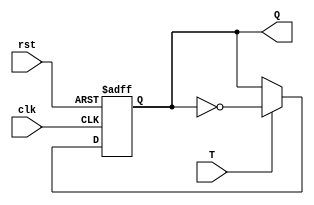
`timescale 1ns / 1ps
//////////////////////////////////////////////////////////////////////////////////
// Company: 
// Engineer: 
// 
// Design Name: 
// Module Name:    TFF 
// Project Name: 
// Target Devices: 
// Tool versions: 
// Description: 
//
// Dependencies: 
//
// Revision: 
// Revision 0.01 - File Created
// Additional Comments: 
//
//////////////////////////////////////////////////////////////////////////////////
module TFF(Q,T,clk,rst);
input T,clk,rst;
output reg Q;

always @(posedge clk or posedge rst)
begin
	if(rst)
	Q = 0;
	else
	begin
		if(T)
			Q = ~Q;
	   else
			Q = Q;
	end
end
endmodule